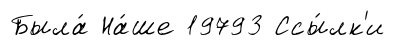
Была́ На́ше 19793 Ссы́лк'и